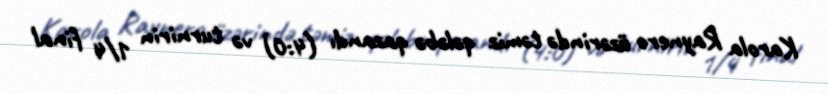
Karola Raynero üzərində təmiz qələbə qazandı (4:0) və turnirin 1/4 final